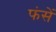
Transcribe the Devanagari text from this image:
फंसें